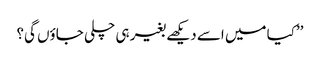
’’کیا میں اسے دیکھے بغیر ہی چلی جاؤں گی؟